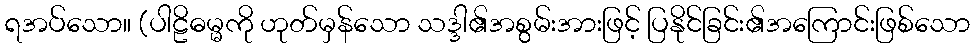
ရအပ်သော။ (ပါဠိဓမ္မကို ဟုတ်မှန်သော သဒ္ဒါ၏အစွမ်းအားဖြင့် ပြနိုင်ခြင်း၏အကြောင်းဖြစ်သော